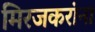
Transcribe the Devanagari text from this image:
मिरजकरांना